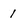
Character: 1